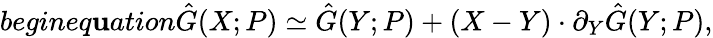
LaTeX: begin{eq\mathbf{u}ation}\hat{{G}}(X;P)\simeq\hat{{G}}(Y;P)+(X-Y)\cdot\partial_{Y}\hat{{G}}(Y;P),